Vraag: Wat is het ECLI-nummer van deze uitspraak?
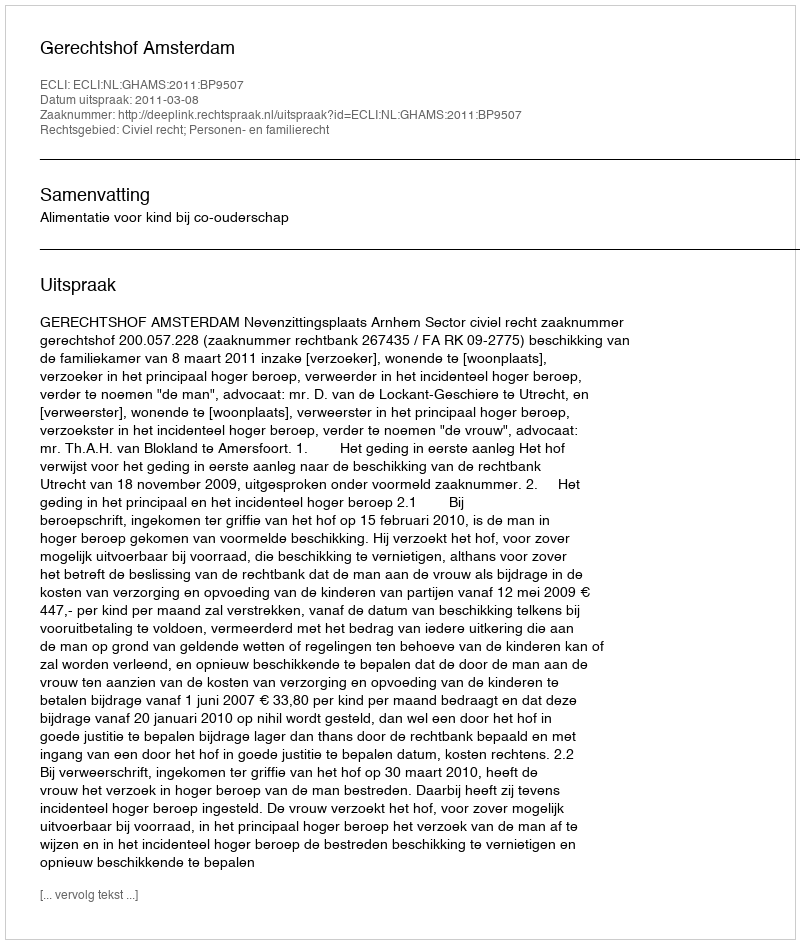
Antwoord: ECLI:NL:GHAMS:2011:BP9507